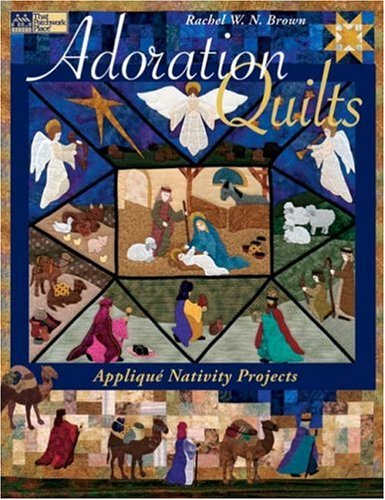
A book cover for Adoration Quilts: Applique Nativity Projects (That Patchwork Place); Rachel W. N. Brown; Crafts, Hobbies & Home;